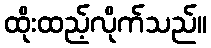
ထိုးထည့်လိုက်သည်။